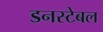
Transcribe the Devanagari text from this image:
डनस्टेबल